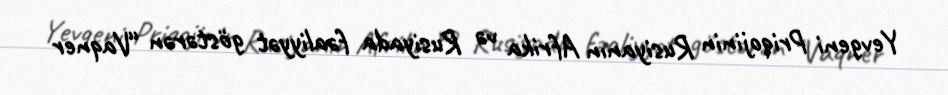
Yevgeni Priqojinin Rusiyanın Afrika və Rusiyada fəaliyyət göstərən “Vaqner